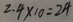
2 . 4 \times 1 0 = 2 4